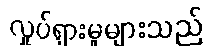
လှုပ်ရှားမှုများသည်